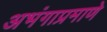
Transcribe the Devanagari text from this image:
अभंगाप्रमाणे